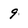
Character: 9